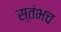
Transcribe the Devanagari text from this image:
स्तंभच